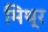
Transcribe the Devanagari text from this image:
मिथ्र